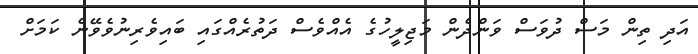
އަދި ތިން މަސް ދުވަސް ވަންދެން މަޖިލީހުގެ އެއްވެސް ދަތުރެއްގައި ބައިވެރިނުވެވޭނެ ކަމަށް